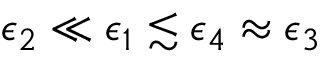
\epsilon _ { 2 } \ll \epsilon _ { 1 } \lesssim \epsilon _ { 4 } \approx \epsilon _ { 3 }